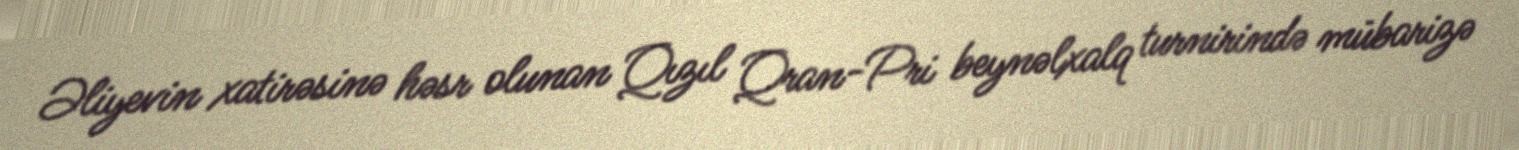
Əliyevin xatirəsinə həsr olunan Qızıl Qran-Pri beynəlxalq turnirində mübarizə